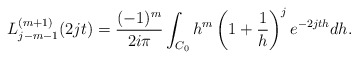
\begin{align*}L_{j-m-1}^{(m+1)}(2jt) = \frac{(-1)^m}{2i\pi}\int_{C_0} h^m \left(1+\frac{1}{h}\right)^{j}e^{-2jth} dh. \end{align*}